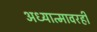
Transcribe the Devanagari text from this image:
अध्यात्मावरही